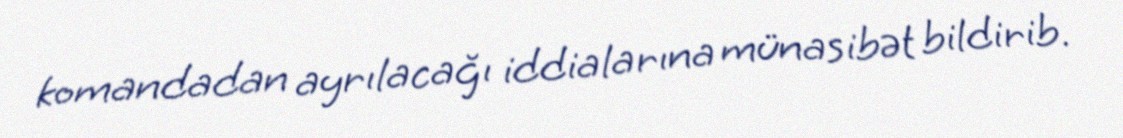
komandadan ayrılacağı iddialarına münasibət bildirib.